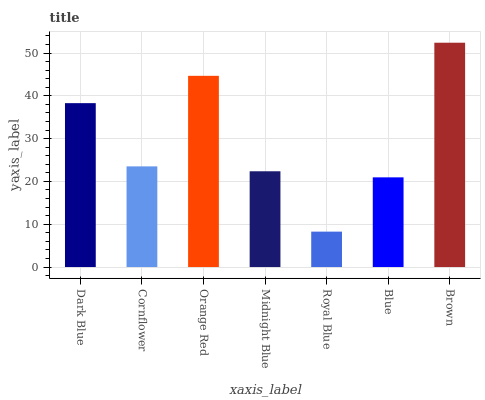
| xaxis_label | bars |
 | --- | --- |
 | Dark Blue | 38.3 |
 | Cornflower | 23.5 |
 | Orange Red | 44.7 |
 | Midnight Blue | 22.4 |
 | Royal Blue | 8.27 |
 | Blue | 21 |
 | Brown | 52.4 |